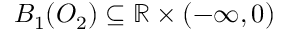
B _ { 1 } ( O _ { 2 } ) \subseteq \mathbb { R } \times ( - \infty , 0 )